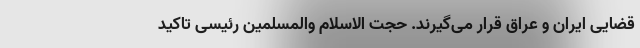
قضایی ایران و عراق قرار می‌گیرند. حجت الاسلام والمسلمین رئیسی تاکید